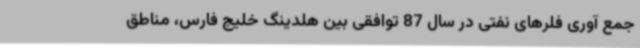
جمع آوری فلرهای نفتی در سال 87 توافقی بین هلدینگ خلیج فارس، مناطق